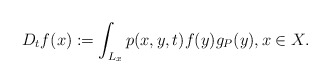
\begin{align*} D_tf(x):=\int_{L_x} p(x,y,t) f(y) g_P (y),x\in X. \end{align*}